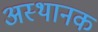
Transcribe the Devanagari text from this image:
अस्थानक